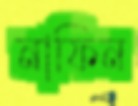
নাফিন